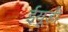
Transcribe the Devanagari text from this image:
ईयूडी